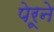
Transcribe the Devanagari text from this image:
पेरूने